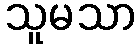
သူမသာ